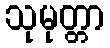
သုမုတ္တာ